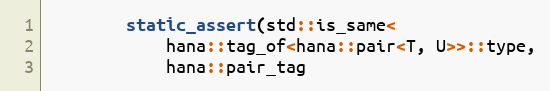
Language: C++
        static_assert(std::is_same<
            hana::tag_of<hana::pair<T, U>>::type,
            hana::pair_tag